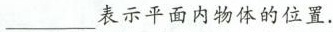
___表示平面内物体的位置.